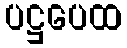
ပဋ္ဌပေထ